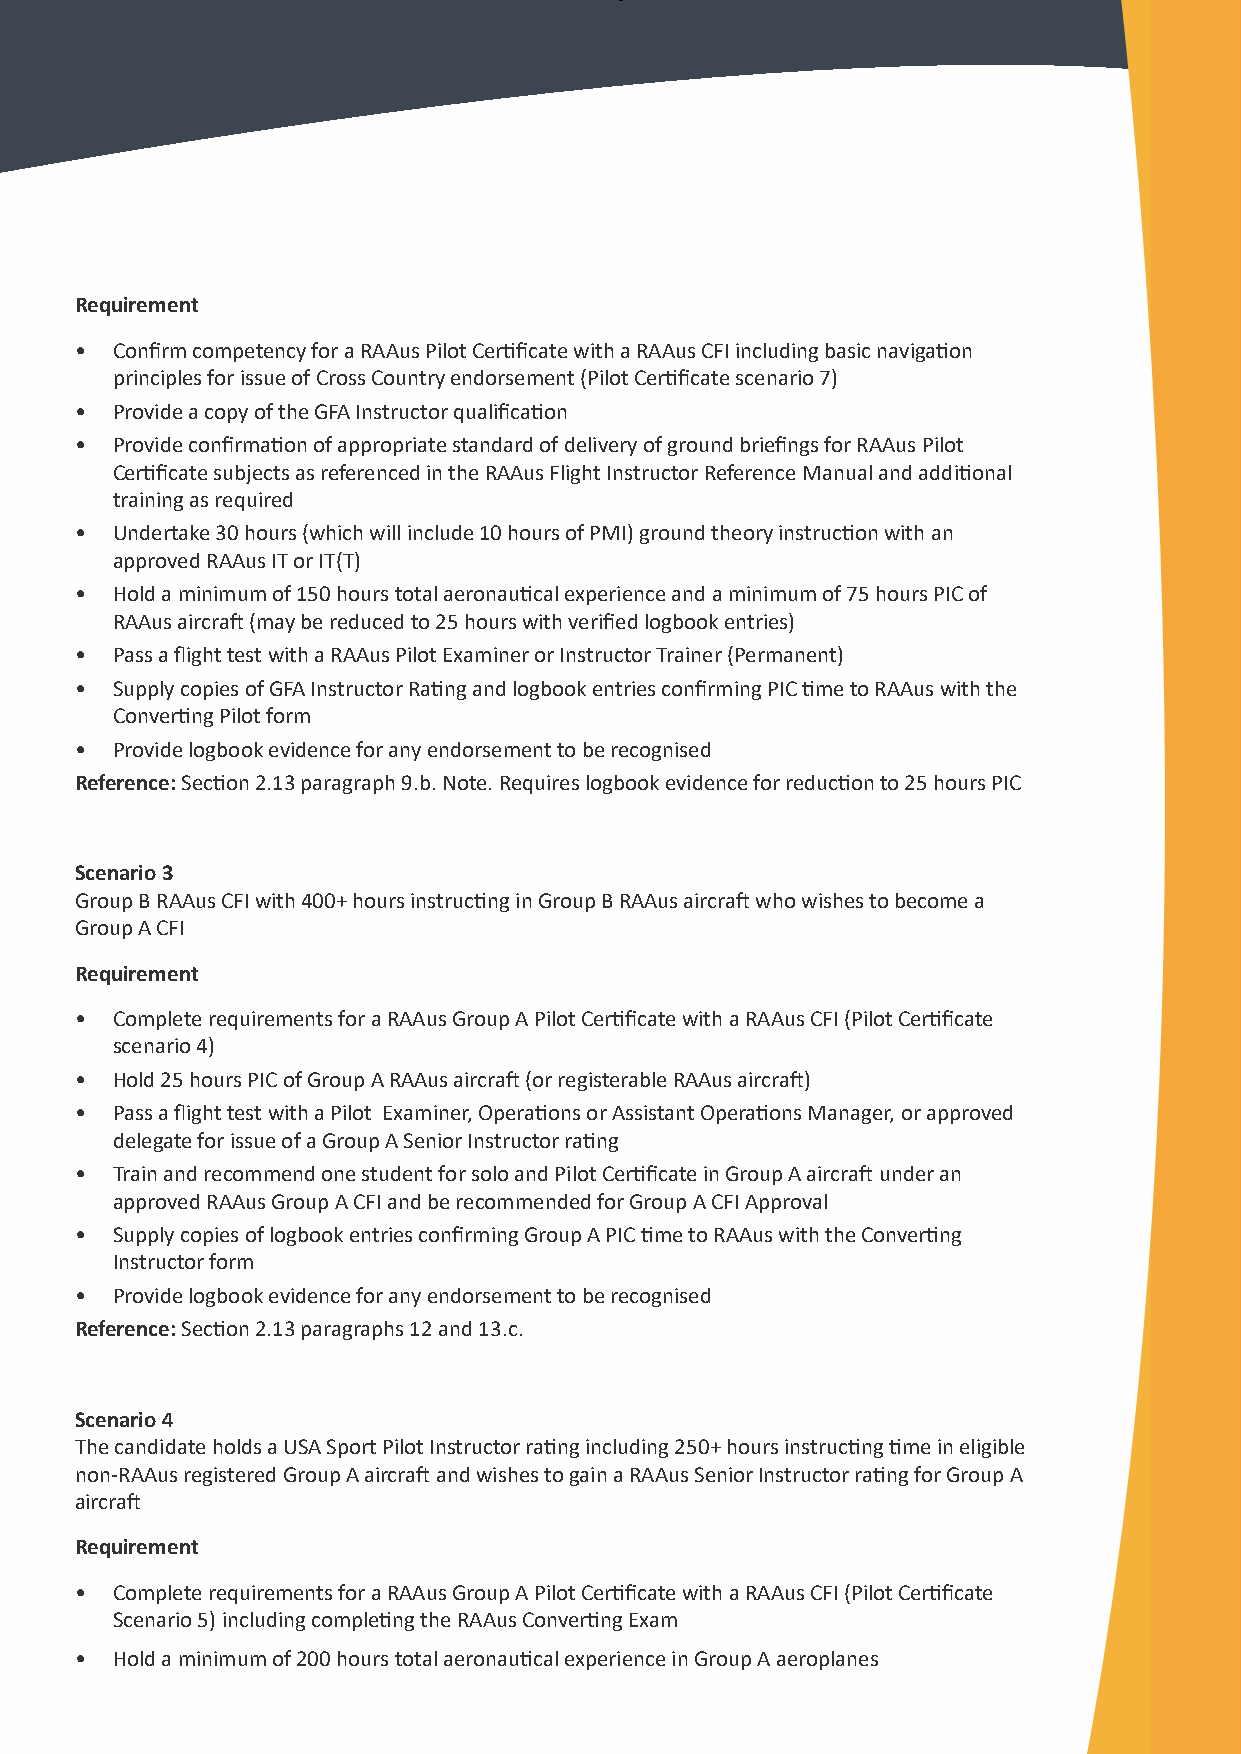
Requirement
 • Confirm competency for a RAAus Pilot Certificate with a RAAus CFI including basic navigation
 principles for issue of Cross Country endorsement (Pilot Certificate scenario 7)
 • Provide a copy of the GFA Instructor qualification
 • Provide confirmation of appropriate standard of delivery of ground briefings for RAAus Pilot
 Certificate subjects as referenced in the RAAus Flight Instructor Reference Manual and additional
 training as required
 • Undertake 30 hours (which will include 10 hours of PMI) ground theory instruction with an
 approved RAAus IT or IT(T)
 • Hold a minimum of 150 hours total aeronautical experience and a minimum of 75 hours PIC of
 RAAus aircraft (may be reduced to 25 hours with verified logbook entries)
 • Pass a flight test with a RAAus Pilot Examiner or Instructor Trainer (Permanent)
 • Supply copies of GFA Instructor Rating and logbook entries confirming PIC time to RAAus with the
 Converting Pilot form
 • Provide logbook evidence for any endorsement to be recognised
 Reference: Section 2.13 paragraph 9.b. Note. Requires logbook evidence for reduction to 25 hours PIC
 Scenario 3
 Group B RAAus CFI with 400+ hours instructing in Group B RAAus aircraft who wishes to become a
 Group A CFI
 Requirement
 • Complete requirements for a RAAus Group A Pilot Certificate with a RAAus CFI (Pilot Certificate
 scenario 4)
 • Hold 25 hours PIC of Group A RAAus aircraft (or registerable RAAus aircraft)
 • Pass a flight test with a Pilot Examiner, Operations or Assistant Operations Manager, or approved
 delegate for issue of a Group A Senior Instructor rating
 • Train and recommend one student for solo and Pilot Certificate in Group A aircraft under an
 approved RAAus Group A CFI and be recommended for Group A CFI Approval
 • Supply copies of logbook entries confirming Group A PIC time to RAAus with the Con verting
 Instructor form
 • Provide logbook evidence for any endorsement to be recognised
 Reference: Section 2.13 paragraphs 12 and 13.c.
 Scenario 4
 The candidate holds a USA Sport Pilot Instructor rating including 250+ hours instructing time in eligible
 non-RAAus registered Group A aircraft and wishes to gain a RAAus Senior Instructor rating for Group A
 aircraft
 Requirement
 • Complete requirements for a RAAus Group A Pilot Certificate with a RAAus CFI (Pilot Certificate
 Scenario 5) including completing the RAAus Converting Exam
 • Hold a minimum of 200 hours total aeronautical experience in Group A aeroplanes
 3